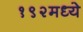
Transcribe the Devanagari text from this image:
१९२मध्ये